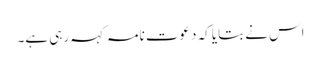
اس نے بتایا کہ دعوت نامہ کہہ رہی ہے۔